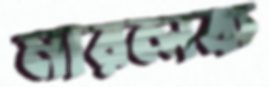
মারলক